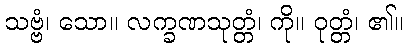
သဗ္ဗံ၊ သော။ လက္ခဏသုတ္တံ၊ ကို။ ဝုတ္တံ၊ ၏။